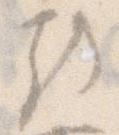
越